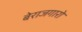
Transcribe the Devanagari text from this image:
बेराजगारो